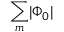
\sum _ { m } \lvert \Phi _ { 0 } \rvert